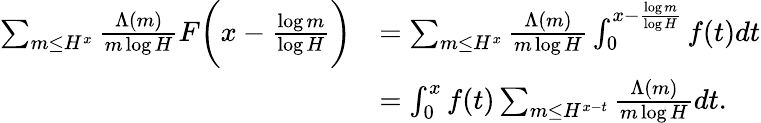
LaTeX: \begin{array}{rl}{\sum_{m\le H^{x}}\frac{\Lambda(m)}{m\log H}F\biggl(x-\frac{\log m}{\log H}\biggr)}&{=\sum_{m\le H^{x}}\frac{\Lambda(m)}{m\log H}\int_{0}^{x-\frac{\log m}{\log H}}f(t)dt}\\ &{=\int_{0}^{x}f(t)\sum_{m\le H^{x-t}}\frac{\Lambda(m)}{m\log H}dt.}\end{array}